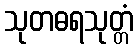
သုတဓရသုတ္တံ